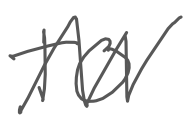
Text: to
Cross-out: zig-zag
Writing tool: digital_gray